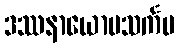
ဒဿနာယောပသင်္ကမ